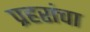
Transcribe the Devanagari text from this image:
प्रहरांचा